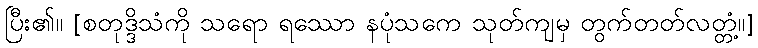
ပြီး၏။ [စတုဒ္ဒိသံကို သရော ရဿော နပုံသကေ သုတ်ကျမှ တွက်တတ်လတ္တံ့။]